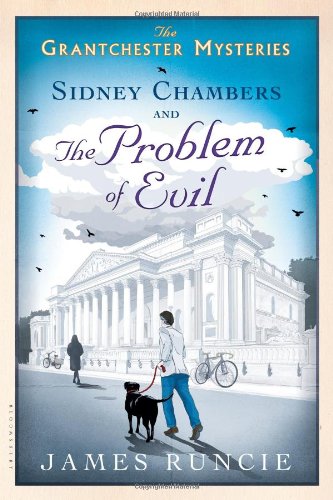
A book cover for Sidney Chambers and the Problem of Evil (Grantchester); James Runcie; Mystery, Thriller & Suspense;